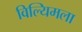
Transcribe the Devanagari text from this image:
विल्यिमला